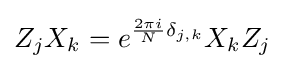
Z_{j}X_{k}=e^{{\frac {2\pi i}{N}}\delta _{j,k}}X_{k}Z_{j}